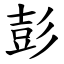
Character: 彭